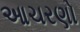
આચરણો